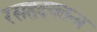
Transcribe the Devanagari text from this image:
रसहृदयतन्त्र